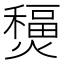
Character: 𤐧